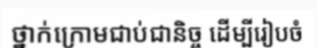
ថ្នាក់ក្រោមជាប់ជានិច្ច ដើម្បីរៀបចំ